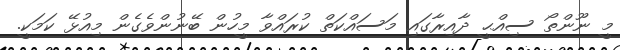
މީ ނޫންތޯ ސިއްޙީ ދާއިރާގައި މަސައްކަތް ކުރައްވާ މީހުން ބޭނުންވެގެން މިއުޅޭ ކަމަކީ.